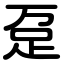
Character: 趸